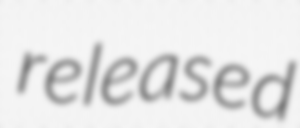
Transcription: released